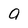
Character: 9